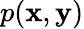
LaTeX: p(\mathbf{x},\mathbf{y})